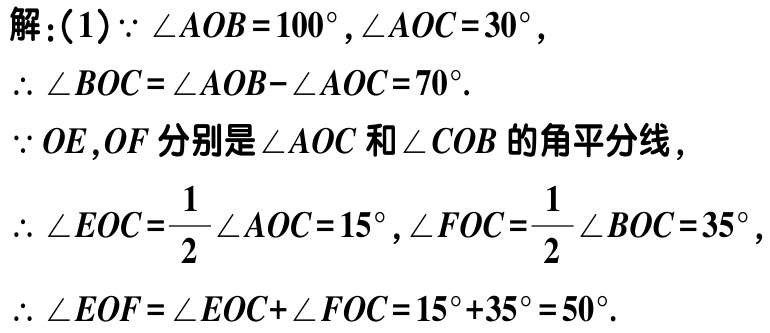
解：(1)$\because \angle AOB = 100^{\circ},\angle AOC = 30^{\circ},$

$\therefore \angle BOC=\angle AOB - \angle AOC = 70^{\circ}.$

$\because OE,OF$分别是$\angle AOC$和$\angle COB$的角平分线,

$\therefore \angle EOC=\frac{1}{2}\angle AOC = 15^{\circ},\angle FOC=\frac{1}{2}\angle BOC = 35^{\circ},$

$\therefore \angle EOF=\angle EOC+\angle FOC = 15^{\circ}+35^{\circ}=50^{\circ}.$